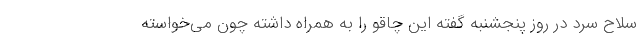
سلاح سرد در روز پنجشنبه گفته این چاقو را به همراه داشته چون می‌خواسته